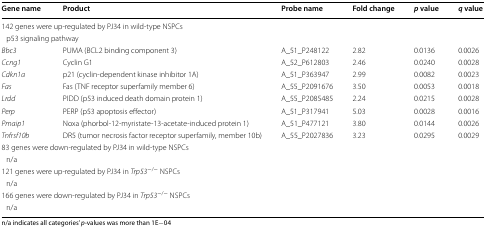
<table><thead><tr><td><b>Gene name</b></td><td><b>Product</b></td><td><b>Probe name</b></td><td><b>Fold change</b></td><td><b><i>p</i> value</b></td><td><b><i>q</i> value</b></td></tr></thead><tbody><tr><td colspan="6">142 genes were up-regulated by PJ34 in wild-type NSPCs</td></tr><tr><td colspan="6"> p53 signaling pathway</td></tr><tr><td><i>Bbc3</i></td><td>PUMA (BCL2 binding component 3)</td><td>A_51_P248122</td><td>2.82</td><td>0.0136</td><td>0.0026</td></tr><tr><td><i>Ccng1</i></td><td>Cyclin G1</td><td>A_52_P612803</td><td>2.46</td><td>0.0240</td><td>0.0028</td></tr><tr><td><i>Cdkn1a</i></td><td>p21 (cyclin-dependent kinase inhibitor 1A)</td><td>A_51_P363947</td><td>2.99</td><td>0.0082</td><td>0.0023</td></tr><tr><td><i>Fas</i></td><td>Fas (TNF receptor superfamily member 6)</td><td>A_55_P2091676</td><td>3.50</td><td>0.0053</td><td>0.0018</td></tr><tr><td><i>Lrdd</i></td><td>PIDD (p53 induced death domain protein 1)</td><td>A_55_P2085485</td><td>2.24</td><td>0.0215</td><td>0.0028</td></tr><tr><td><i>Perp</i></td><td>PERP (p53 apoptosis effector)</td><td>A_51_P317941</td><td>5.03</td><td>0.0028</td><td>0.0016</td></tr><tr><td><i>Pmaip1</i></td><td>Noxa (phorbol-12-myristate-13-acetate-induced protein 1)</td><td>A_51_P477121</td><td>3.80</td><td>0.0144</td><td>0.0026</td></tr><tr><td><i>Tnfrsf10b</i></td><td>DR5 (tumor necrosis factor receptor superfamily, member 10b)</td><td>A_55_P2027836</td><td>3.23</td><td>0.0295</td><td>0.0029</td></tr><tr><td colspan="6">83 genes were down-regulated by PJ34 in wild-type NSPCs</td></tr><tr><td colspan="6"> n/a</td></tr><tr><td colspan="6">121 genes were up-regulated by PJ34 in <i>Trp53</i><sup>−/−</sup> NSPCs</td></tr><tr><td colspan="6"> n/a</td></tr><tr><td colspan="6">166 genes were down-regulated by PJ34 in <i>Trp53</i><sup>−/−</sup> NSPCs</td></tr><tr><td colspan="6"> n/a</td></tr></tbody></table>